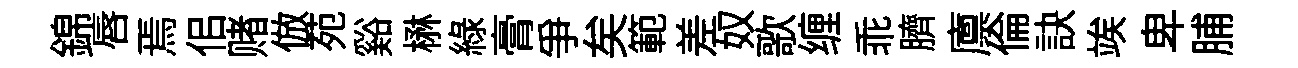
錦唇焉佀赌倣苑谿楙緑膏爭矣範差奴歌缠乖臍廪倫訣竢卑脯